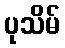
ပုသိမ်